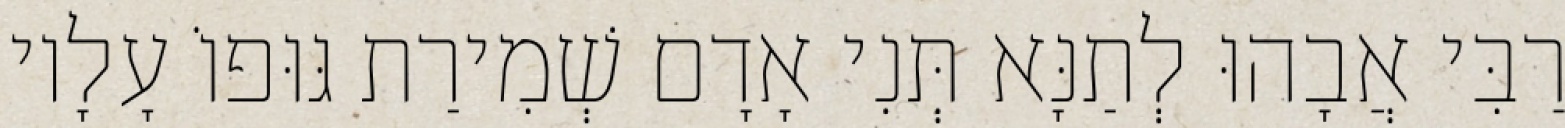
רַבִּי אֲבָהוּ לְתַנָּא תְּנִי אָדָם שְׁמִירַת גּוּפוֹ עָלָיו